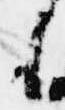
も